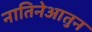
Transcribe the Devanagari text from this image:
नातिनेआतुन